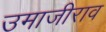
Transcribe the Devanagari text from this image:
उमाजीराव